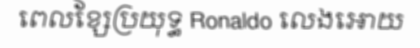
ពេលខ្សែប្រយុទ្ធ Ronaldo លេងអោយ